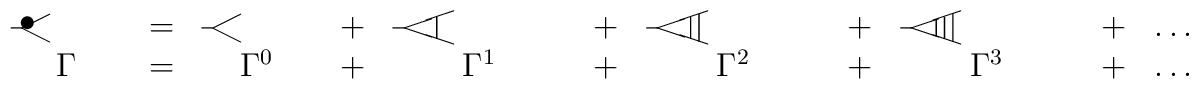
\begin{array}{ccccccccccc}\parbox{14mm}{\begin{picture}(14,12)\put(4,6){\line(2,1){10}}\put(4,6){\line(2,-1){10}}\put(4,6){\line(-1,0){4}}\put(3,5){$\bullet$}\end{picture}}&=&\parbox{14mm}{\begin{picture}(14,12)\put(4,6){\line(2,1){10}}\put(4,6){\line(2,-1){10}}\put(4,6){\line(-1,0){4}}\end{picture}}&+& \parbox{22mm}{\begin{picture}(22,12)\put(4,6){\line(3,1){18}}\put(4,6){\line(3,-1){18}}\put(4,6){\line(-1,0){4}}\put(16,10){\line(0,-1){8}}\end{picture}}&+& \parbox{22mm}{\begin{picture}(22,12)\put(4,6){\line(3,1){18}}\put(4,6){\line(3,-1){18}}\put(4,6){\line(-1,0){4}}\put(19,11){\line(0,-1){10}}\put(16,10){\line(0,-1){8}}\end{picture}}&+& \parbox{22mm}{\begin{picture}(22,12)\put(4,6){\line(3,1){18}}\put(4,6){\line(3,-1){18}}\put(4,6){\line(-1,0){4}}\put(19,11){\line(0,-1){10}}\put(16,10){\line(0,-1){8}}\put(13,9){\line(0,-1){6}}\end{picture}}&+& \dots\\\Gamma &=& \Gamma^0 &+& \Gamma^1 &+& \Gamma^2 &+& \Gamma^3 &+& \dots\end{array}